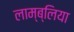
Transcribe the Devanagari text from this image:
लाम्ब्लिया